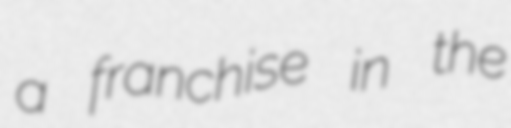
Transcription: a franchise in the